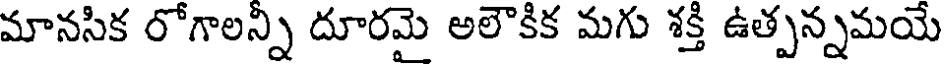
మానసిక రోగాలన్ని దూరమై అలౌకిక మగు శక్తి ఉత్పన్నమయే